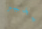
بخير